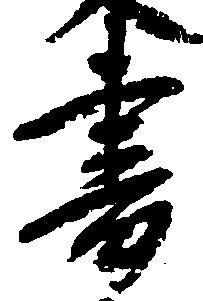
書